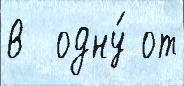
в  одну́ от